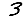
Digit: 3